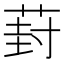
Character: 葑